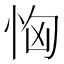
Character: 恟